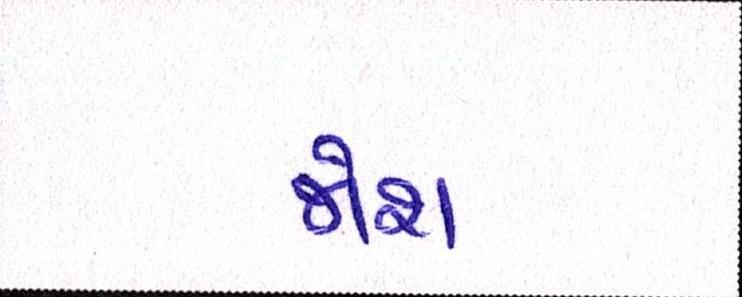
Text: જોશ